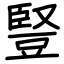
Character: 豎